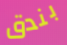
بندق